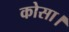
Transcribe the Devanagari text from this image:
कोसा।